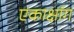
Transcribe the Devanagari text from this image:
एकाक्षांग